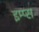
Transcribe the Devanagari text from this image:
इम्प्स